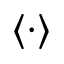
\langle \cdot \rangle